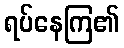
ရပ်နေကြ၏